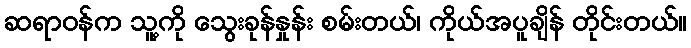
ဆရာဝန်က သူ့ကို သွေးခုန်နှုန်း စမ်းတယ်၊ ကိုယ်အပူချိန် တိုင်းတယ်။